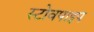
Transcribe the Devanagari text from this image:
स्टोवपाइप